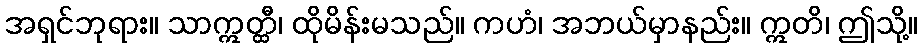
အရှင်ဘုရား။ သာဣတ္ထီ၊ ထိုမိန်းမသည်။ ကဟံ၊ အဘယ်မှာနည်း။ ဣတိ၊ ဤသို့။